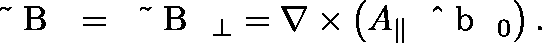
\ensuremath { \mathrm { ~ \boldmath ~ \tilde { ~ } { ~ B ~ } ~ } } = \ensuremath { \mathrm { ~ \boldmath ~ \tilde { ~ } { ~ B ~ } ~ } } _ { \perp } = \nabla \times \left( A _ { \parallel } \ensuremath { \mathrm { ~ \boldmath ~ \hat { ~ } { ~ b ~ } ~ } } _ { 0 } \right) .